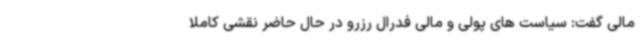
مالی گفت: سیاست های پولی و مالی فدرال رزرو در حال حاضر نقشی کاملا